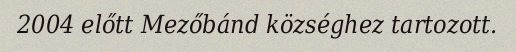
2004 előtt Mezőbánd községhez tartozott.